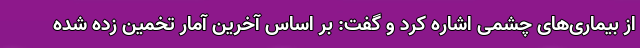
از بیماری‌های چشمی اشاره کرد و گفت: بر اساس آخرین آمار تخمین زده شده